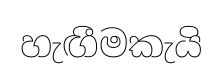
හැඟීමකැයි